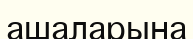
ашаларына